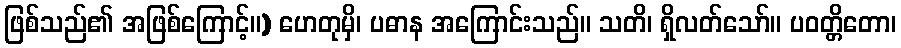
ဖြစ်သည်၏ အဖြစ်ကြောင့်။) ဟေတုမှိ၊ ပဓာန အကြောင်းသည်။ သတိ၊ ရှိလတ်သော်။ ပဝတ္တိတော၊